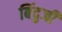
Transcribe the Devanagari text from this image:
बिंदुजी